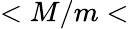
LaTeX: <M/m<